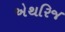
એથરિજ